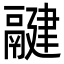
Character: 𩱃